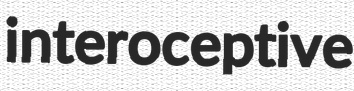
interoceptive